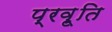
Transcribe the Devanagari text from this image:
प्रवृ्ति